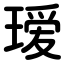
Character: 瑷